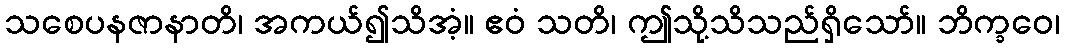
သစေပနဇာနာတိ၊ အကယ်၍သိအံ့။ ဧဝံ သတိ၊ ဤသို့သိသည်ရှိသော်။ ဘိက္ခဝေ၊